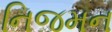
નિજમન